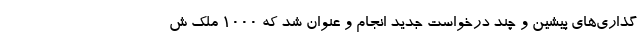
گذاری‌های پیشین و چند درخواست جدید انجام و عنوان شد که ۱۰۰۰ ملک ش